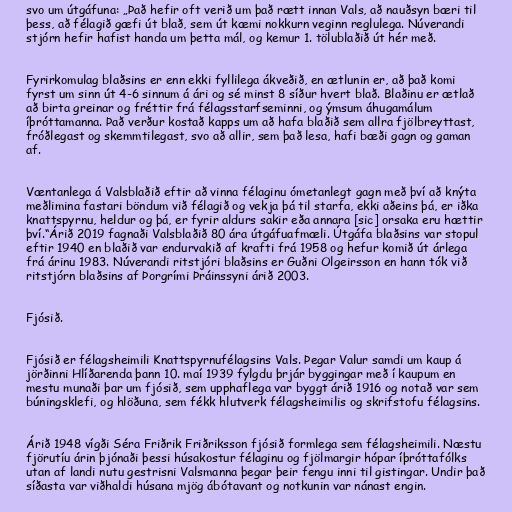
svo um útgáfuna: „Það hefir oft verið um það rætt innan Vals, að nauðsyn bæri til
þess, að félagið gæfi út blað, sem út kæmi nokkurn veginn reglulega. Núverandi
stjórn hefir hafist handa um þetta mál, og kemur 1. tölublaðið út hér með.

Fyrirkomulag blaðsins er enn ekki fyllilega ákveðið, en ætlunin er, að það komi
fyrst um sinn út 4-6 sinnum á ári og sé minst 8 síður hvert blað. Blaðinu er ætlað
að birta greinar og fréttir frá félagsstarfseminni, og ýmsum áhugamálum
íþróttamanna. Það verður kostað kapps um að hafa blaðið sem allra fjölbreyttast,
fróðlegast og skemmtilegast, svo að allir, sem það lesa, hafi bæði gagn og gaman
af.

Væntanlega á Valsblaðið eftir að vinna félaginu ómetanlegt gagn með því að knýta
meðlimina fastari böndum við félagið og vekja þá til starfa, ekki aðeins þá, er iðka
knattspyrnu, heldur og þá, er fyrir aldurs sakir eða annara [sic] orsaka eru hættir
því.“Árið 2019 fagnaði Valsblaðið 80 ára útgáfuafmæli. Útgáfa blaðsins var stopul
eftir 1940 en blaðið var endurvakið af krafti frá 1958 og hefur komið út árlega
frá árinu 1983. Núverandi ritstjóri blaðsins er Guðni Olgeirsson en hann tók við
ritstjórn blaðsins af Þorgrími Þráinssyni árið 2003.

Fjósið.

Fjósið er félagsheimili Knattspyrnufélagsins Vals. Þegar Valur samdi um kaup á
jörðinni Hlíðarenda þann 10. maí 1939 fylgdu þrjár byggingar með í kaupum en
mestu munaði þar um fjósið, sem upphaflega var byggt árið 1916 og notað var sem
búningsklefi, og hlöðuna, sem fékk hlutverk félagsheimilis og skrifstofu félagsins.

Árið 1948 vígði Séra Friðrik Friðriksson fjósið formlega sem félagsheimili. Næstu
fjörutíu árin þjónaði þessi húsakostur félaginu og fjölmargir hópar íþróttafólks
utan af landi nutu gestrisni Valsmanna þegar þeir fengu inni til gistingar. Undir það
síðasta var viðhaldi húsana mjög ábótavant og notkunin var nánast engin.